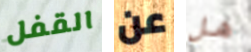
القفل عن هل